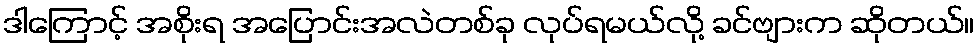
ဒါကြောင့် အစိုးရ အပြောင်းအလဲတစ်ခု လုပ်ရမယ်လို့ ခင်ဗျားက ဆိုတယ်။